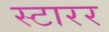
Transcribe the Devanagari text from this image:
स्टारर